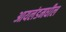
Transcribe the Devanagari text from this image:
आयलंडमधील